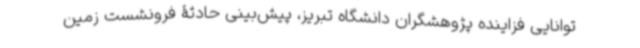
توانایی فزاینده‌ پژوهشگران دانشگاه تبریز، پیش‌بینی حادثۀ فرونشست زمین